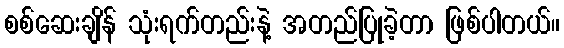
စစ်ဆေးချိန် သုံးရက်တည်းနဲ့ အတည်ပြုခဲ့တာ ဖြစ်ပါတယ်။